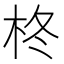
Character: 柊